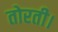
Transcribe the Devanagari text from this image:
तोरती।